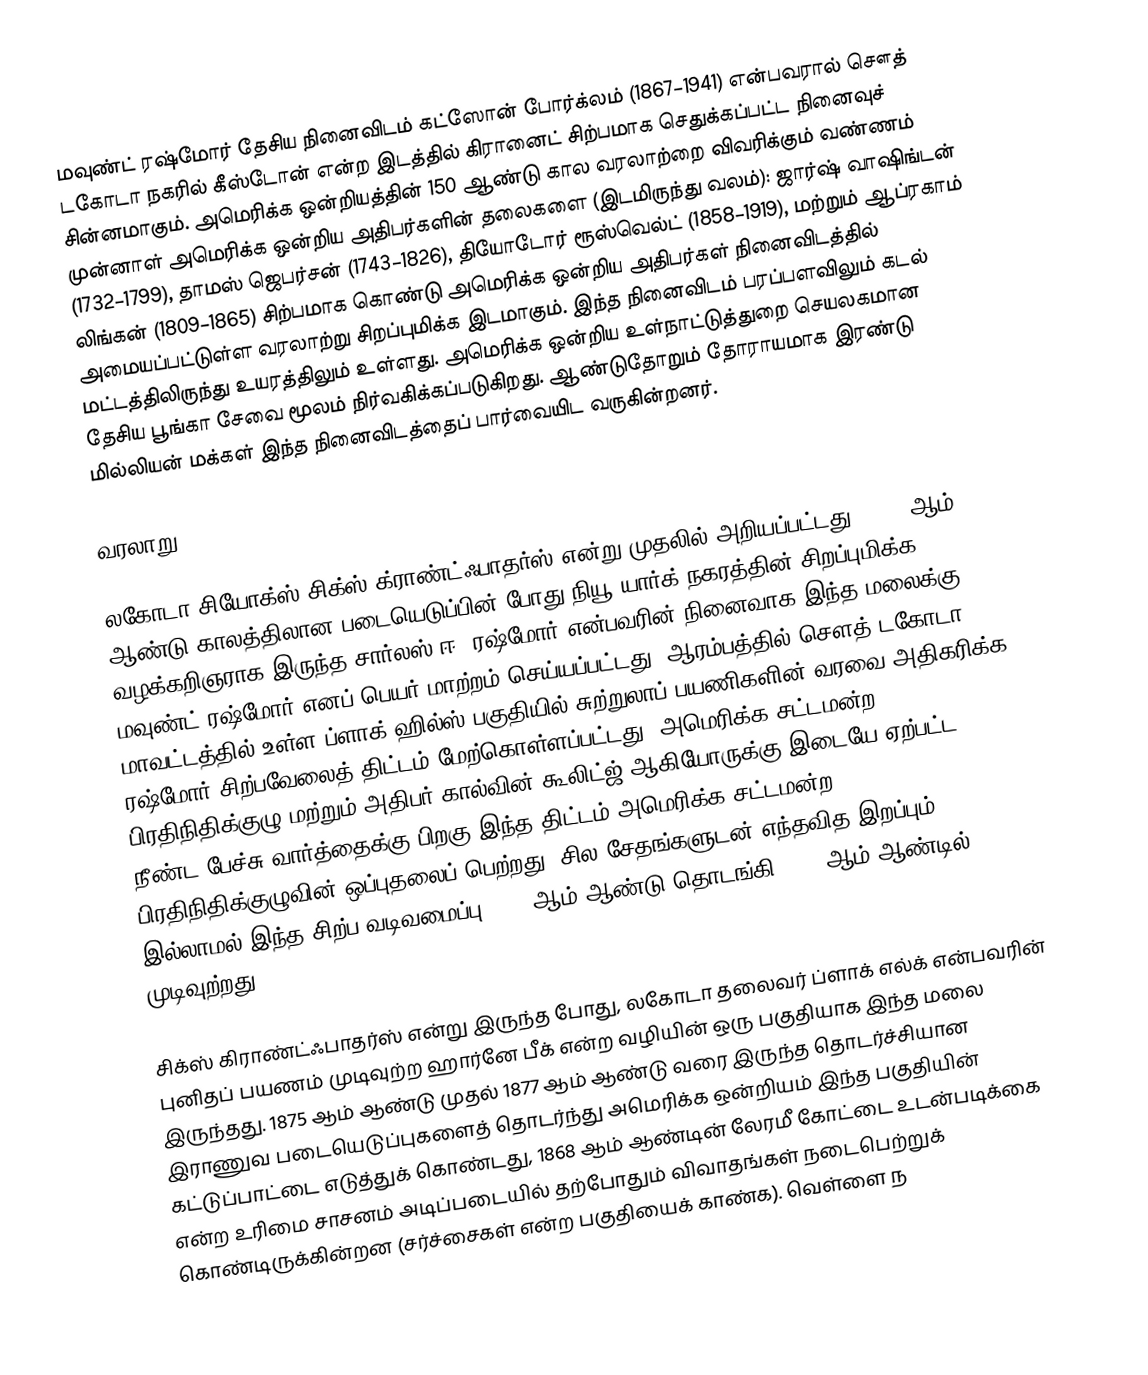
மவுண்ட் ரஷ்மோர் தேசிய நினைவிடம்  கட்ஸோன் போர்க்லம் (1867–1941) என்பவரால் சௌத் டகோடா நகரில் கீஸ்டோன் என்ற இடத்தில் கிரானைட் சிற்பமாக செதுக்கப்பட்ட நினைவுச் சின்னமாகும். அமெரிக்க ஒன்றியத்தின் 150 ஆண்டு கால வரலாற்றை விவரிக்கும் வண்ணம் முன்னாள் அமெரிக்க ஒன்றிய அதிபர்களின் தலைகளை (இடமிருந்து வலம்): ஜார்ஷ் வாஷிங்டன் (1732–1799), தாமஸ் ஜெபர்சன் (1743–1826), தியோடோர் ரூஸ்வெல்ட் (1858–1919), மற்றும் ஆப்ரகாம் லிங்கன் (1809–1865) சிற்பமாக  கொண்டு அமெரிக்க ஒன்றிய அதிபர்கள் நினைவிடத்தில் அமையப்பட்டுள்ள வரலாற்று சிறப்புமிக்க இடமாகும். இந்த நினைவிடம் பரப்பளவிலும்  கடல் மட்டத்திலிருந்து  உயரத்திலும் உள்ளது. அமெரிக்க ஒன்றிய உள்நாட்டுத்துறை செயலகமான தேசிய பூங்கா சேவை மூலம் நிர்வகிக்கப்படுகிறது. ஆண்டுதோறும் தோராயமாக இரண்டு மில்லியன் மக்கள் இந்த நினைவிடத்தைப் பார்வையிட வருகின்றனர்.

வரலாறு

லகோடா சியோக்ஸ் சிக்ஸ் க்ராண்ட்ஃபாதர்ஸ்  என்று முதலில் அறியப்பட்டது. 1885 ஆம் ஆண்டு காலத்திலான படையெடுப்பின் போது நியூ யார்க் நகரத்தின் சிறப்புமிக்க வழக்கறிஞராக இருந்த சார்லஸ் ஈ. ரஷ்மோர் என்பவரின் நினைவாக இந்த மலைக்கு மவுண்ட் ரஷ்மோர் எனப் பெயர் மாற்றம் செய்யப்பட்டது. ஆரம்பத்தில் சௌத் டகோடா மாவட்டத்தில் உள்ள ப்ளாக் ஹில்ஸ் பகுதியில் சுற்றுலாப் பயணிகளின் வரவை அதிகரிக்க ரஷ்மோர் சிற்பவேலைத் திட்டம் மேற்கொள்ளப்பட்டது. அமெரிக்க சட்டமன்ற பிரதிநிதிக்குழு மற்றும் அதிபர் கால்வின் கூலிட்ஜ் ஆகியோருக்கு இடையே ஏற்பட்ட நீண்ட பேச்சு வார்த்தைக்கு பிறகு இந்த திட்டம் அமெரிக்க சட்டமன்ற பிரதிநிதிக்குழுவின் ஒப்புதலைப் பெற்றது. சில சேதங்களுடன் எந்தவித இறப்பும் இல்லாமல் இந்த சிற்ப வடிவமைப்பு 1927 ஆம் ஆண்டு தொடங்கி 1941 ஆம் ஆண்டில் முடிவுற்றது.

சிக்ஸ் கிராண்ட்ஃபாதர்ஸ்  என்று இருந்த போது, லகோடா தலைவர் ப்ளாக் எல்க் என்பவரின் புனிதப் பயணம் முடிவுற்ற ஹார்னே பீக் என்ற வழியின் ஒரு பகுதியாக இந்த மலை இருந்தது. 1875 ஆம் ஆண்டு முதல் 1877 ஆம் ஆண்டு வரை இருந்த தொடர்ச்சியான இராணுவ படையெடுப்புகளைத் தொடர்ந்து அமெரிக்க ஒன்றியம் இந்த பகுதியின் கட்டுப்பாட்டை எடுத்துக் கொண்டது, 1868 ஆம் ஆண்டின் லேரமீ கோட்டை உடன்படிக்கை என்ற உரிமை சாசனம் அடிப்படையில் தற்போதும் விவாதங்கள் நடைபெற்றுக் கொண்டிருக்கின்றன (சர்ச்சைகள்  என்ற பகுதியைக் காண்க). வெள்ளை ந